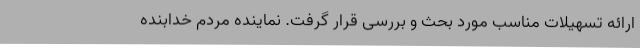
ارائه تسهیلات مناسب مورد بحث و بررسی قرار گرفت. نماینده مردم خدابنده